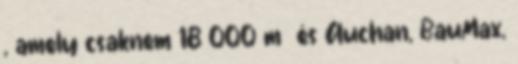
, amely csaknem 18 000 m² és Auchan, BauMax,